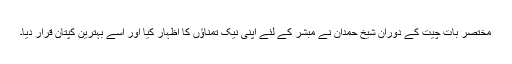
مختصر بات چیت کے دوران شیخ حمدان نے مبشر کے لئے اپنی نیک تمناﺅں کا اظہار کیا اور اسے بہترین کپتان قرار دیا۔